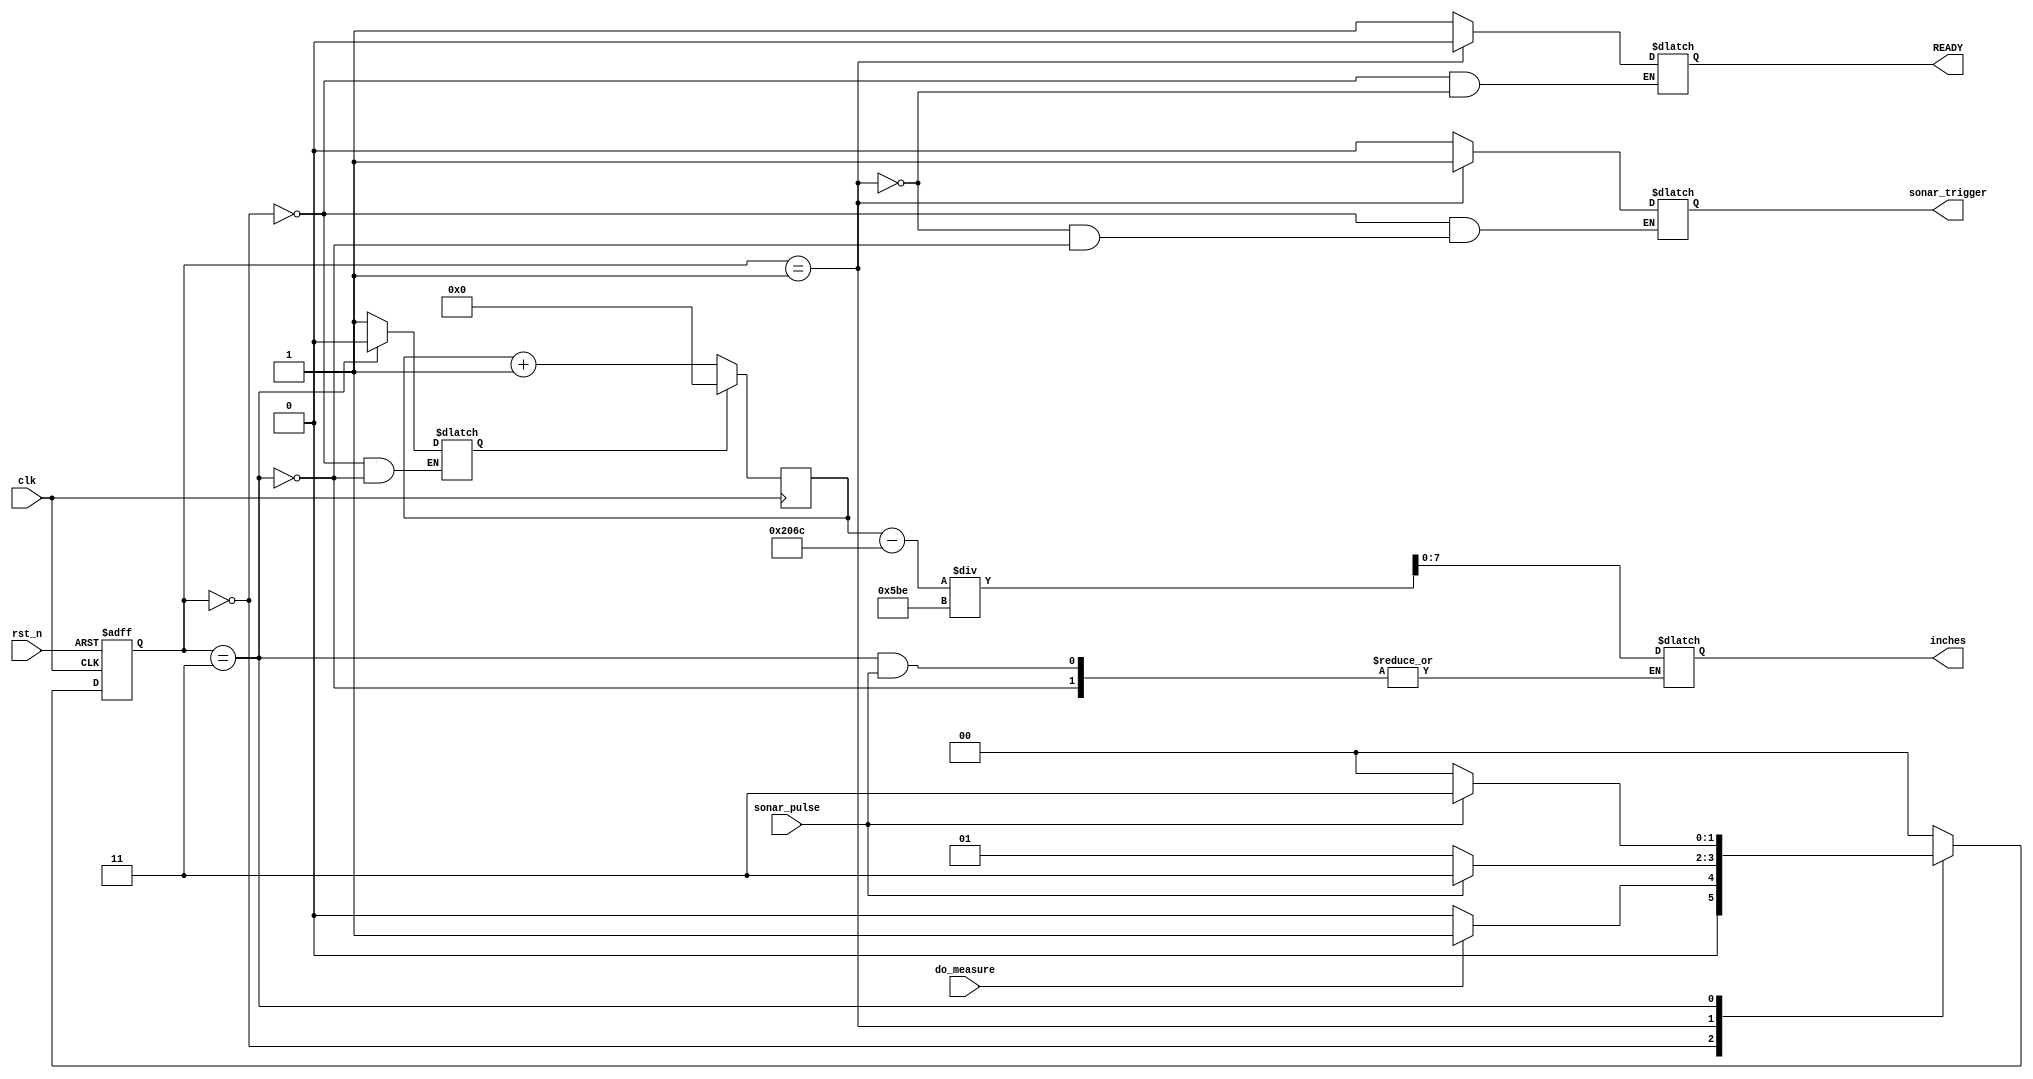
`timescale 1ns / 1ps
//////////////////////////////////////////////////////////////////////////////////
// Company: 
// Engineer: 
// 
// Design Name: 
// Module Name: sonar
// Project Name: 
// Target Devices: 
// Tool Versions: 
// Description: 
// 
// Dependencies: 
// 
// Revision:
// Revision 0.01 - File Created
// Additional Comments:
// 
//////////////////////////////////////////////////////////////////////////////////


module sonar(
input clk, rst_n, // clk 10MHz
input do_measure,
input sonar_pulse,
output reg [7:0] inches,
output reg sonar_trigger = 0,
output reg READY = 0
);

parameter s_standby = 0,
          s_startMeasure = 1,
          s_waitForPulse = 2,
          s_countPulse = 3;
          
reg[1:0] state = s_standby, next_state = s_standby;

reg[31:0] timeCount = 0;
reg rst_count = 1;

reg [31:0] timeoutCounter = 0;

always @ (negedge rst_n or posedge clk)
begin
    if(~rst_n) // priority reset
        state <= s_standby;
    else
        state <= next_state;
end


always @ (state or do_measure or sonar_pulse or timeoutCounter)
begin
    case(state)
        s_standby: begin
            sonar_trigger <= 0; // Disable the sonar sensor
            READY <= 1; //Signal that we are ready to scan/ not busy
            rst_count <= 1;
            if(do_measure)
                next_state <= s_startMeasure;
            else
                next_state <= s_standby;
        end
        
        s_startMeasure: begin
            sonar_trigger <= 1; // Tell sonar to start ranging
            READY <= 0;
            if(sonar_pulse)
                next_state <= s_countPulse;
             else
                next_state <= s_startMeasure;
        end
        
        s_countPulse: begin
            rst_count = 0;
            sonar_trigger <= 0;
            if(~sonar_pulse) begin // Pulse from sonar has ended
                // calculate the inches from the time 
                // 147uS / inch
                inches <= ((timeCount - 8300) / 1470);
                next_state <= s_standby;
            end
            else
                next_state <= s_countPulse;
        end
        
        default: // should never reach this.
            next_state <= s_standby;
    endcase
end

always @ (posedge clk)
    if(rst_count)
        timeCount <= 0;
    else
        timeCount <= timeCount + 1;

always @ (posedge clk)
    if(state == s_waitForPulse || state == s_countPulse)
        timeoutCounter <= timeoutCounter + 1;
    else
        timeoutCounter <= 0;

endmodule